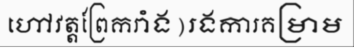
ហៅវត្តព្រែករាំង)រងការគម្រាម